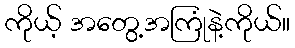
ကိုယ့် အတွေ့အကြုံနဲ့ကိုယ်။